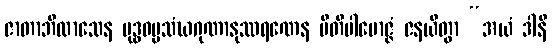
ဇာတာဘိလာသေန ဗုဒ္ဓဓမ္မသံဃဂုဏာနုဿရဏေန ပီတိပါမောဇ္ဇံ ဇနယိတွာ “အယံ ဒါနိ